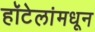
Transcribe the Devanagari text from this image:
हॉटेलांमधून